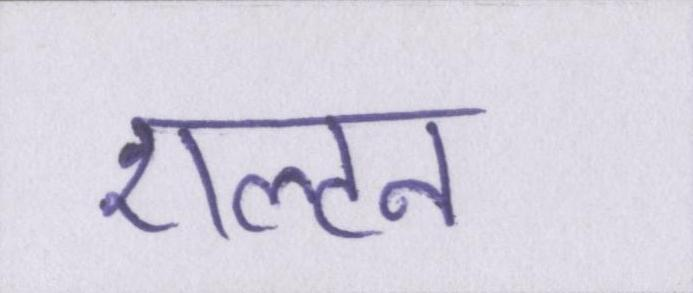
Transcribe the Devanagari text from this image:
एल्टन